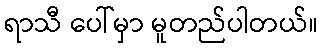
ရာသီ ပေါ်မှာ မူတည်ပါတယ်။